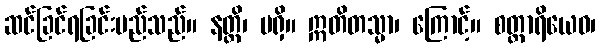
ဆင်ခြင်ရခြင်းမည်သည်။ နတ္ထိ၊ မရှိ။ ဣတိတသ္မာ၊ ကြောင့်။ စတ္တာရိယေဝ၊